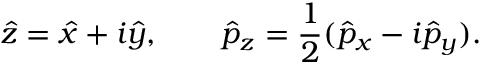
\hat { z } = \hat { x } + i \hat { y } , \qquad \hat { p } _ { z } = \frac { 1 } { 2 } ( \hat { p } _ { x } - i \hat { p } _ { y } ) .